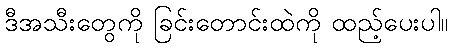
ဒီအသီးတွေကို ခြင်းတောင်းထဲကို ထည့်ပေးပါ။